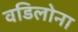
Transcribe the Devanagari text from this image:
वडिलोना